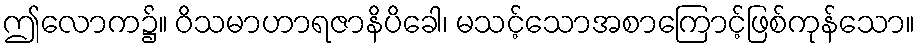
ဤလောက၌။ ဝိသမာဟာရဇာနိပိခေါ၊ မသင့်သောအစာကြောင့်ဖြစ်ကုန်သော။